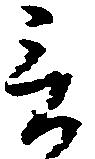
言